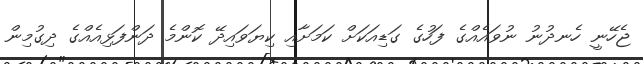
ޖެހޭނީ ހެނދުނު ނުވައެއްގެ ފަހުގެ ގަޑިއަކަށް ކަމަށާއި ކިޔަވައިދޭ ކޮންމެ ދަންފަޅިއެއްގެ ދިގުމިން